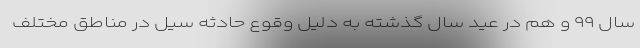
سال ۹۹ و هم در عید سال گذشته به دلیل وقوع حادثه سیل در مناطق مختلف